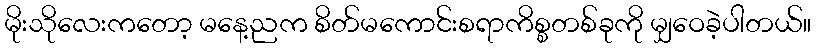
မိုးသိုလေးကတော့ မနေ့ညက စိတ်မကောင်းစရာကိစ္စတစ်ခုကို မျှဝေခဲ့ပါတယ်။